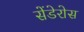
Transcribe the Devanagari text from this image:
सेंडेरोस